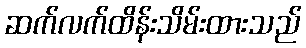
ဆက်လက်ထိန်းသိမ်းထားသည်